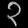
Digit: ၃